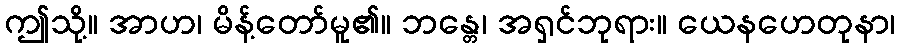
ဤသို့။ အာဟ၊ မိန့်တော်မူ၏။ ဘန္တေ၊ အရှင်ဘုရား။ ယေနဟေတုနာ၊